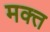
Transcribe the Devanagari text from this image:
मक्त